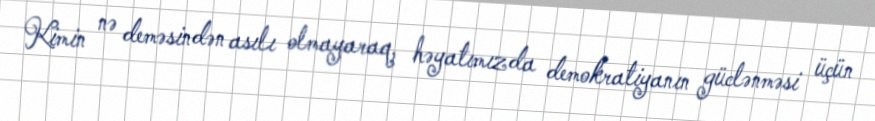
Kimin nə deməsindən asılı olmayaraq, həyatımızda demokratiyanın güclənməsi üçün